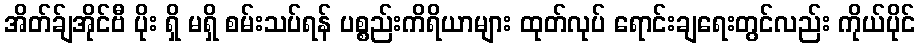
အိတ်ခ်ျအိုင်ဗီ ပိုး ရှိ မရှိ စမ်းသပ်ရန် ပစ္စည်းကိရိယာများ ထုတ်လုပ် ရောင်းချရေးတွင်လည်း ကိုယ်ပိုင်